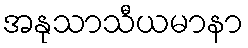
အနုသာသီယမာနာ